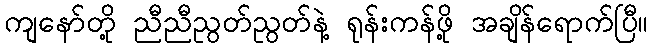
ကျနော်တို့ ညီညီညွတ်ညွတ်နဲ့ ရုန်းကန်ဖို့ အချိန်ရောက်ပြီ။